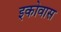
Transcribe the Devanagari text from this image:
इकोवास